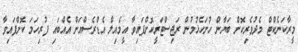
މީރާކަނެކްޓް މެދުވެރިކޮށް ބަޔާން ހުށަހެޅުމުން ރަޖިސްޓަރީކޮށްފައިވާ އީމެއިލް އެޑްރެސްއަށް އެއްބައި ފުރިހަމަ ކޮށްފައިވާ